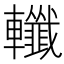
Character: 𨏪